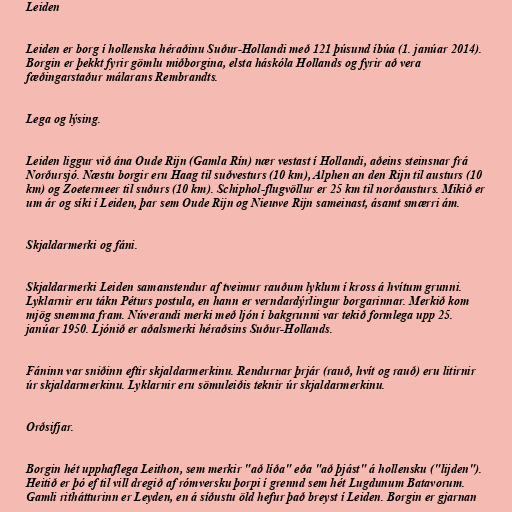
Leiden

Leiden er borg í hollenska héraðinu Suður-Hollandi með 121 þúsund íbúa (1. janúar 2014).
Borgin er þekkt fyrir gömlu miðborgina, elsta háskóla Hollands og fyrir að vera
fæðingarstaður málarans Rembrandts.

Lega og lýsing.

Leiden liggur við ána Oude Rijn (Gamla Rín) nær vestast í Hollandi, aðeins steinsnar frá
Norðursjó. Næstu borgir eru Haag til suðvesturs (10 km), Alphen an den Rijn til austurs (10
km) og Zoetermeer til suðurs (10 km). Schiphol-flugvöllur er 25 km til norðausturs. Mikið er
um ár og síki í Leiden, þar sem Oude Rijn og Nieuwe Rijn sameinast, ásamt smærri ám.

Skjaldarmerki og fáni.

Skjaldarmerki Leiden samanstendur af tveimur rauðum lyklum í kross á hvítum grunni.
Lyklarnir eru tákn Péturs postula, en hann er verndardýrlingur borgarinnar. Merkið kom
mjög snemma fram. Núverandi merki með ljón í bakgrunni var tekið formlega upp 25.
janúar 1950. Ljónið er aðalsmerki héraðsins Suður-Hollands.

Fáninn var sniðinn eftir skjaldarmerkinu. Rendurnar þrjár (rauð, hvít og rauð) eru litirnir
úr skjaldarmerkinu. Lyklarnir eru sömuleiðis teknir úr skjaldarmerkinu.

Orðsifjar.

Borgin hét upphaflega Leithon, sem merkir "að líða" eða "að þjást" á hollensku ("lijden").
Heitið er þó ef til vill dregið af rómversku þorpi í grennd sem hét Lugdunum Batavorum.
Gamli rithátturinn er Leyden, en á síðustu öld hefur það breyst í Leiden. Borgin er gjarnan